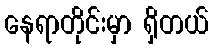
နေရာတိုင်းမှာ ရှိတယ်